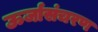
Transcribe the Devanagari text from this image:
ऊर्जासंचरण